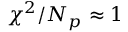
\chi ^ { 2 } / N _ { p } \approx 1